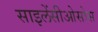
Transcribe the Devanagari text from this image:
साइलेंसीओसोस